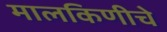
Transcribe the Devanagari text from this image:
मालकिणीचे